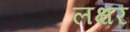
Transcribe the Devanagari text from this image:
लक्षर